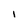
Character: I